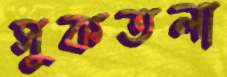
সুকতলা